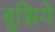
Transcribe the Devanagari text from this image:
बूझिये